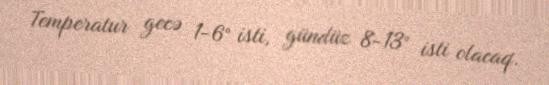
Temperatur gecə 1-6° isti, gündüz 8-13° isti olacaq.